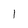
Character: 1